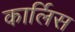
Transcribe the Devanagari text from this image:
कार्लिस